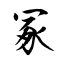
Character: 冢